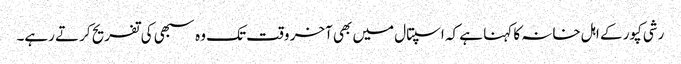
رشی کپور کے اہل خانہ کا کہنا ہے کہ اسپتال میں بھی آخر وقت تک وہ سبھی کی تفریح کرتے رہے۔